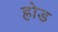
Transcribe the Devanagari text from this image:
ह्रोड